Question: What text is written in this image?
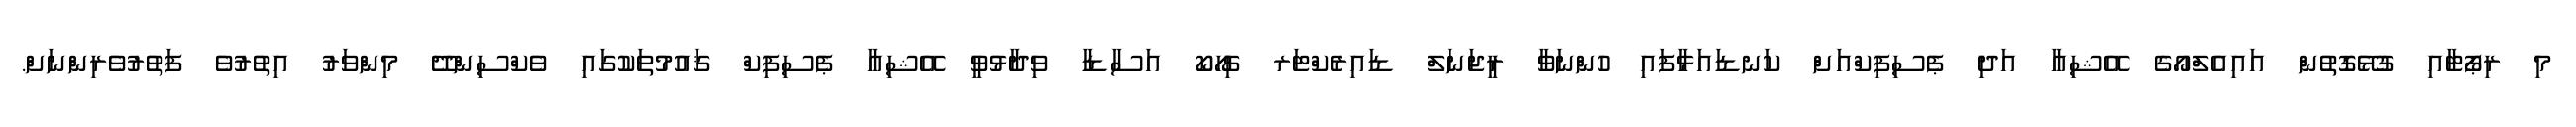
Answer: މި ރިޕޯޓާއި ގުޅޭގޮތުން އައިއެލްއޯގެ އޭޝިއާ އަދި ޕެސިފިކްއަށް ކަނޑައަޅާފައި ހުންނަވާ ރީޖަނަލް ޑައިރެކްޓަރ ޗިހޯކޯ އަސާޑާ ވިދާޅުވީ އޭޝިއާ ޕެސިފިކް ޤައުމުތަކުގައި ވެކްސިންދޭ މިންވަރު އިތުރުވެ ފަތުރުވެރިންނަށް.